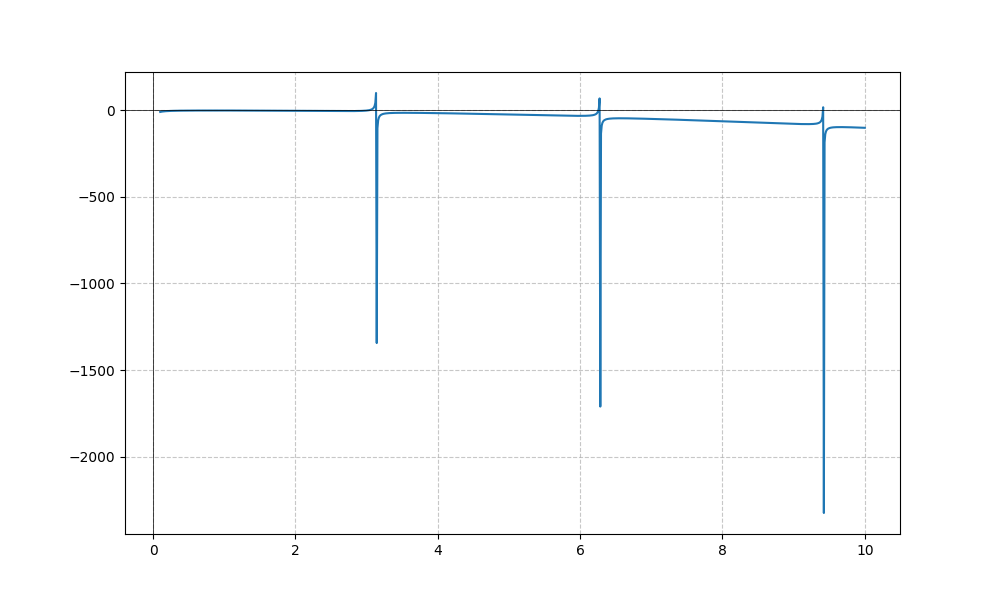
LaTeX formula: - x^{2} - \cot{\left(x \right)}